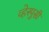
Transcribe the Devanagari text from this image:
व्हेस्पुसी